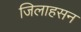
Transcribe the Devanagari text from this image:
जिलाहसन